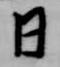
日